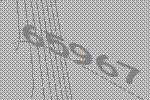
65967